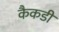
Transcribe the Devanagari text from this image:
कैकडी